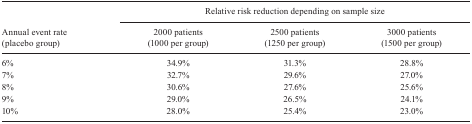
| <ROWSPAN=3> Annual event rate (placebo group) | <COLSPAN=3> Relative risk reduction depending on sample size |
 | 2000 patients (1000 per group) | 2500 patients (1250 per group) | 3000 patients (1500 per group) |
 | --- | --- | --- | --- |
 | 6% | 34.9% | 31.3% | 28.8% |
 | 7% | 32.7% | 29.6% | 27.0% |
 | 8% | 30.6% | 27.6% | 25.6% |
 | 9% | 29.0% | 26.5% | 24.1% |
 | 10% | 28.0% | 25.4% | 23.0% |